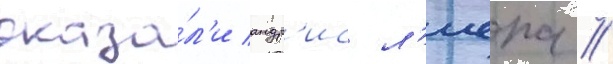
оказа́л'и андр'ис л'иепа /